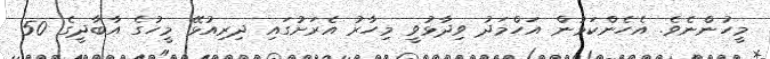
މީހުންނެވެ. އެހެންކަމުން އަހްމަދު ވިދާޅުވީ މިހާރު އެރަށުގައި ދިރިއުޅޭ މީހުގެ އާބާދީގެ 50